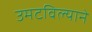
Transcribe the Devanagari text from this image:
उमटविल्याने